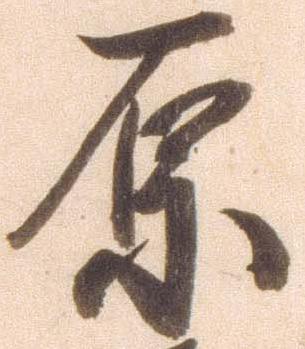
原